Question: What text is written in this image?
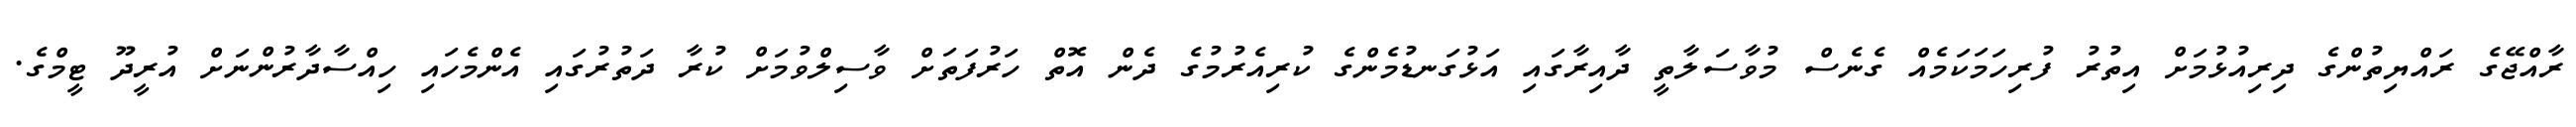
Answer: ރާއްޖޭގެ ރައްޔިތުންގެ ދިރިއުޅުމަށް އިތުރު ފުރިހަމަކަމެއް ގެނެސް މުވާސަލާތީ ދާއިރާގައި އަޅުގަނޑުމެންގެ ކުރިއެރުމުގެ ދެން އޮތް ހަރުފަތަށް ވާސިލްވުމަށް ކުރާ ދަތުރުގައި އެންމެހައި ހިއްސާދާރުންނަށް އުރީދޫ ޓީމްގެ.